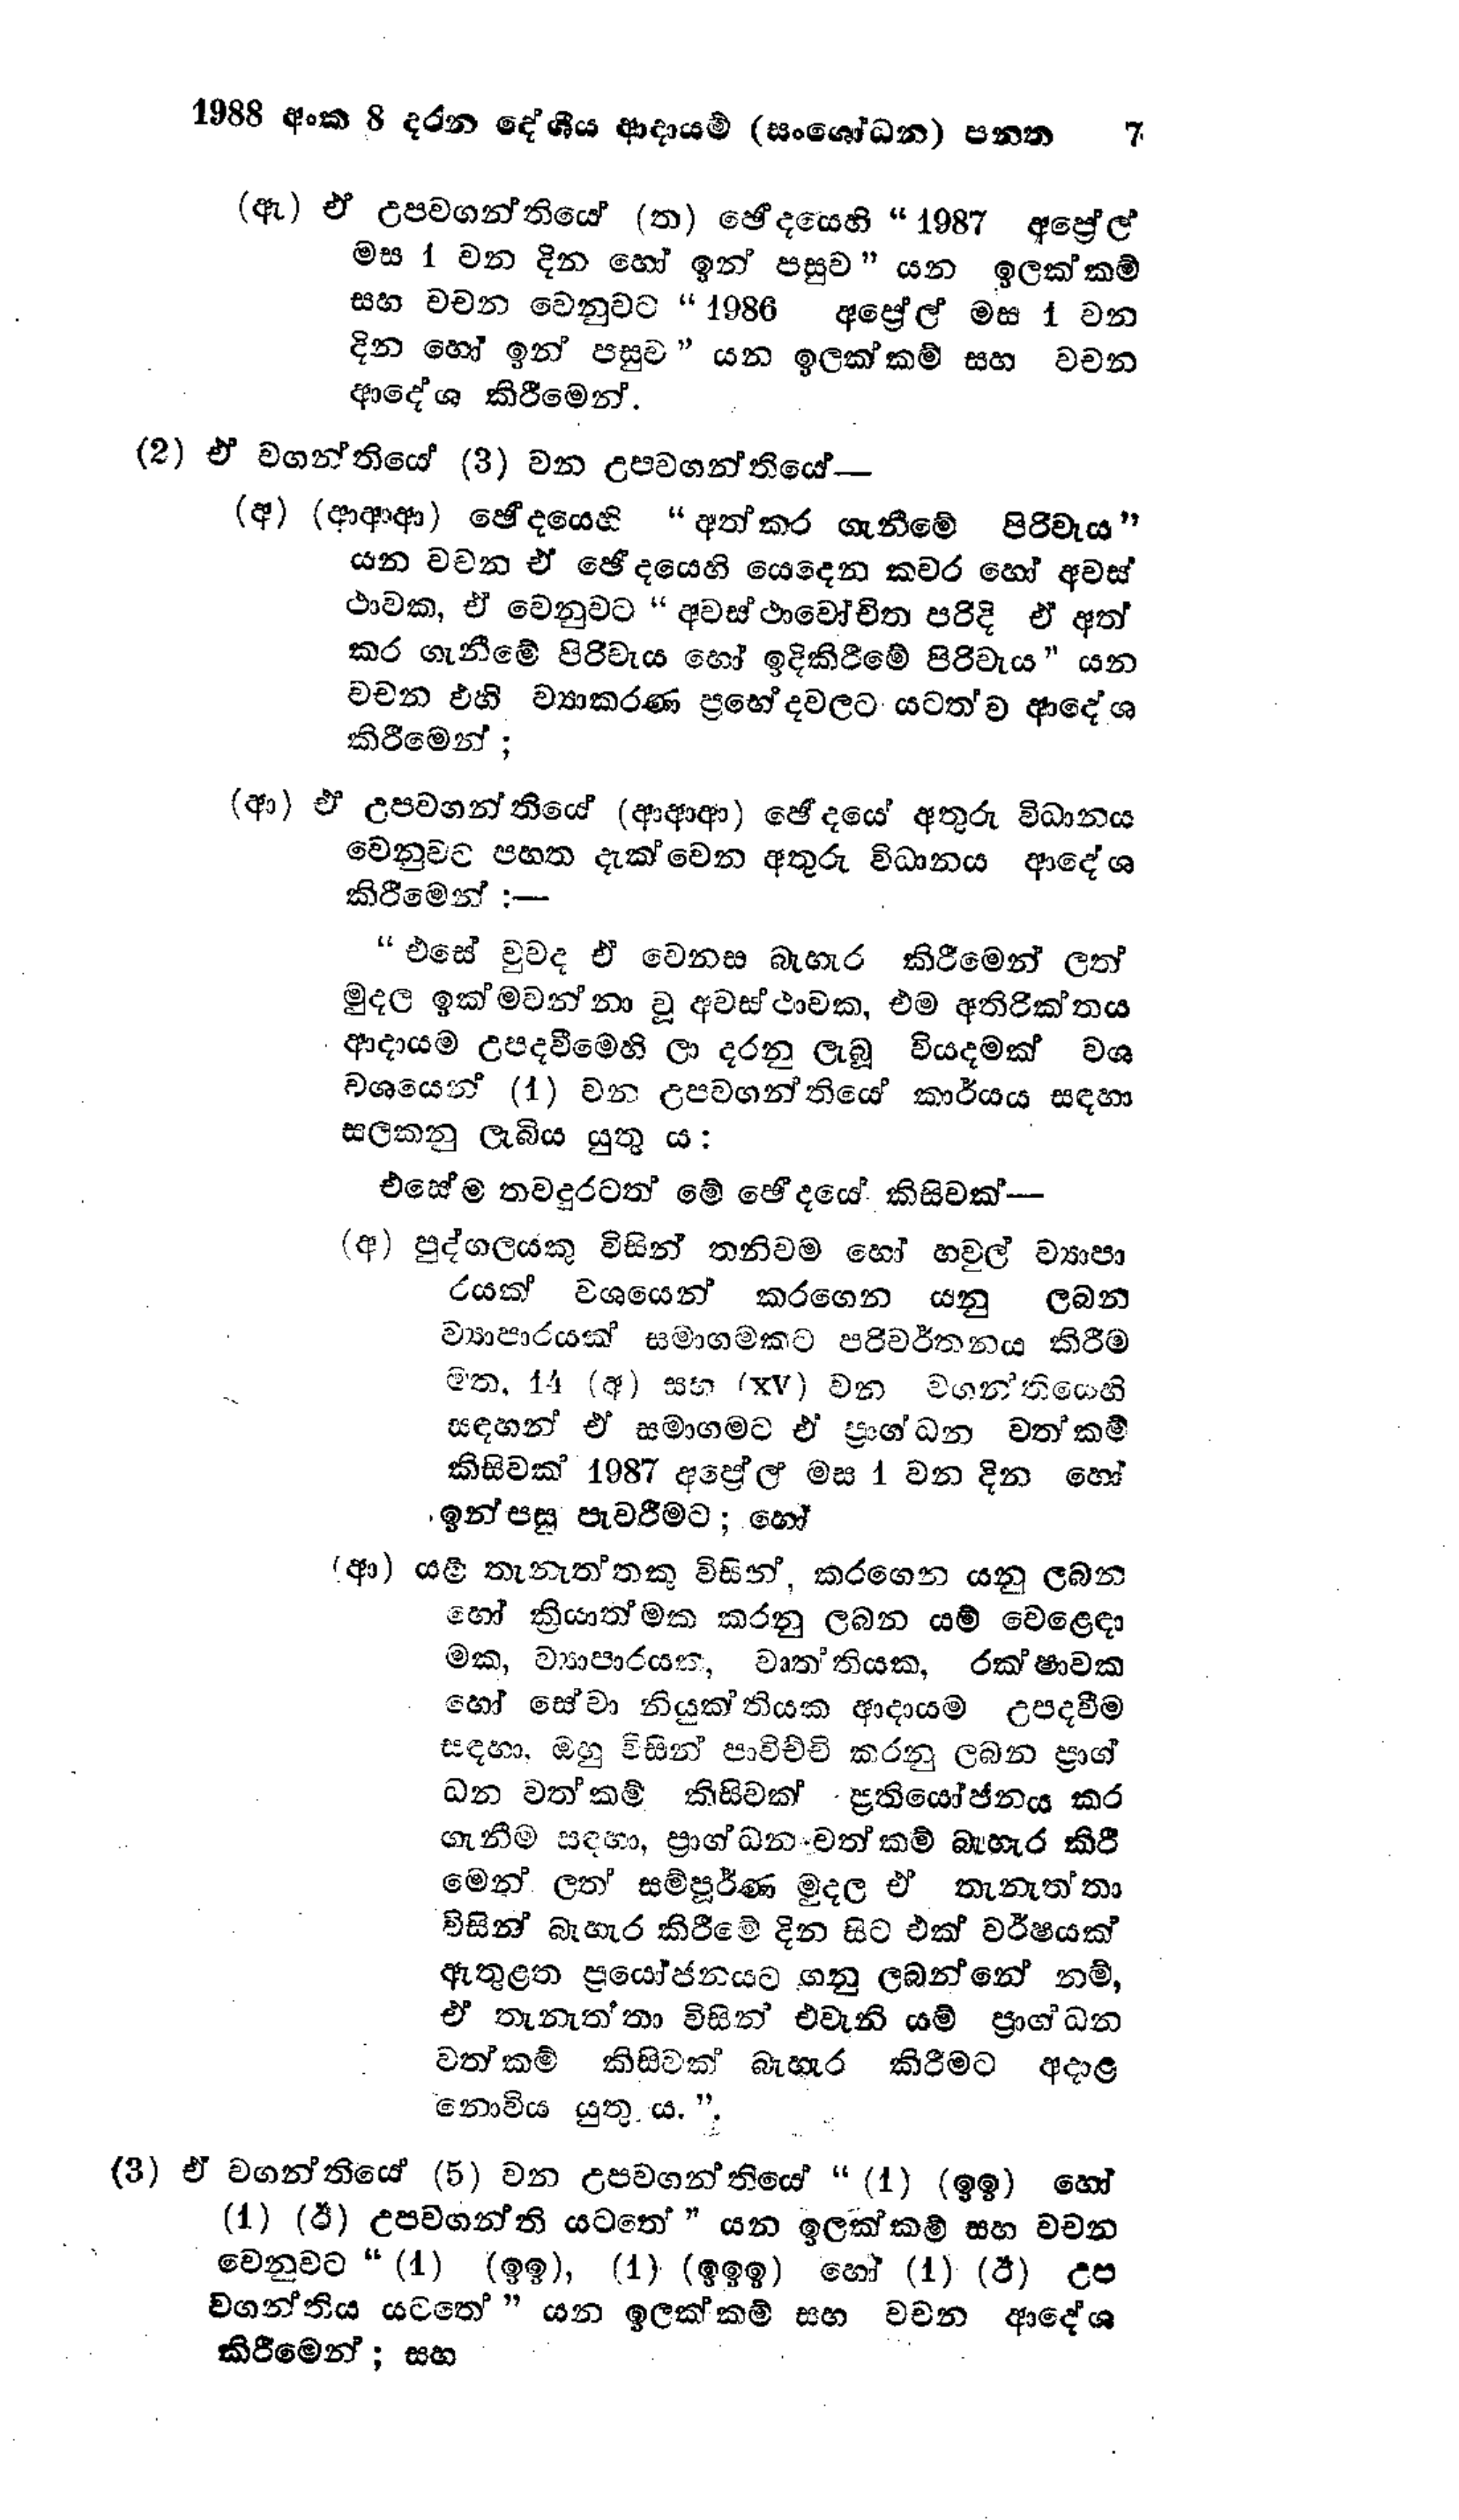
1988 අංක 8 දරන දේශීය ආදායම් (සංශෝධන) පනත 7

(ඇ) ඒ උපවගන්තියේ (ත) ඡේදයෙහි "1987 අප්‍රේල්
මස 1 වන දින හෝ ඉන් පසුව " යන ඉලක්කම්
සහ වචන වෙනුවට "1986 අප්‍රේල් මස 1 වන
දින හෝ ඉන් පසුව " යන ඉලක්කම් සහ වචන
ආදේශ කිරීමෙන්.

(2) ඒ වගන්තියේ (3) වන උපවගන්තියේ—
(අ) (ආආආ) ඡේදයෙහි "අත්කර ගැනීමේ පිරිවැය"
යන වචන ඒ ඡෙදයෙහි යෙදෙන කවර හෝ අවස්
ථාවක, ඒ වෙනුවට "අවස්ථාවෝචිත පරිදි ඒ අත්
කර ගැනීමේ පිරිවැය හෝ ඉදිකිරීමේ පිරිවැය" යන
වචන එහි ව්‍යාකරණ ප්‍රභේදවලට යටත්ව ආදේශ
කිරීමෙන්;

(ආ) ඒ උපවගන්තියේ (ආආආ) ඡේදයේ අතුරු විධානය
වෙනුවට පහත දැක්වෙන අතුරු විධානය ආදේශ
කිරීමෙන්:-
“ එසේ වුවද ඒ වෙනස බැහැර කිරීමෙන් ලත්
මුදල ඉක්මවන්නා වූ අවස්ථාවක, එම අතිරික්තය
ආදායම උපදවීමෙහි ලා දරනු ලැබූ වියදමක් වශ
වශයෙන් (1) වන උපවගන්තියේ කාර්යය සඳහා
සලකනු ලැබිය යුතු ය:
එසේම තව දුරටත් මේ ඡේදයේ කිසිවක් --
(අ) පුද්ගලයකු විසින් තනිවම හෝ හවුල් ව්‍යාපා
රයක් වශයෙන් කරගෙන යනු ලබන
ව්‍යාපාරයක් සමාගමකට පරිවර්තනය කිරීම
මත, 14 (අ) සහ (xⅴ) වන වගන්තියෙහි
සඳහන් ඒ සමාගමට ඒ ප්‍රාග්ධන වත්කම්
කිසිවක් 1987 අප්‍රේල් මස 1 වන දින හෝ
ඉන්පසු පැවරීමට ; හෝ

(ආ) යම් තැනැත්තකු විසින්, කරගෙන යනු ලබන
හෝ ක්‍රියාත්මක කරනු ලබන යම් වෙළෙඳා
මක, ව්‍යාපාරයක,වෘත්තියක,රක්ෂාවක
හෝ සේවා නියුක්තියක ආදායම උපදවීම
සඳහා, ඔහු විසින් පාවිච්චි කරනු ලබන ප්‍රාග්
ධන වත්කම් කිසිවක් ප්‍රතියෝජනය කර
ගැනීම සඳහා, ප්‍රාග්ධන වත්කම් බැහැර කිරී
මෙන් ලත් සම්පූර්ණ මුදල ඒ තැනැත්තා
විසින් බැහැර කිරීමේ දින සිට එක් වර්ෂයක්
ඇතුළත ප්‍රයෝජනයට ගනු ලබන්නේ නම්,
ඒ තැනැත්තා විසින් එවැනි යම් ප්‍රාග්ධන
වත්කම් කිසිවක් බැහැර කිරීමට අදාළ
නොවිය යුතු ය.".

(3) ඒ වගන්තියේ (5) වන උපවගන්තියේ “(1) (ඉඉ) හෝ
(1) (ඊ) උපවගන්ති යටතේ" යන ඉලක්කම් සහ වචන
වෙනුවට " (4) (ඉඉ), (1) (ඉඉඉ) හෝ (1) (ඊ) උප
වගන්තිය යටතේ" යන ඉලක්කම් සහ වචන ආදේශ
කිරීමෙන්; සහ